Report on the lunatic asylums under the Government of Bombay - 1904-1913
Year: 1904
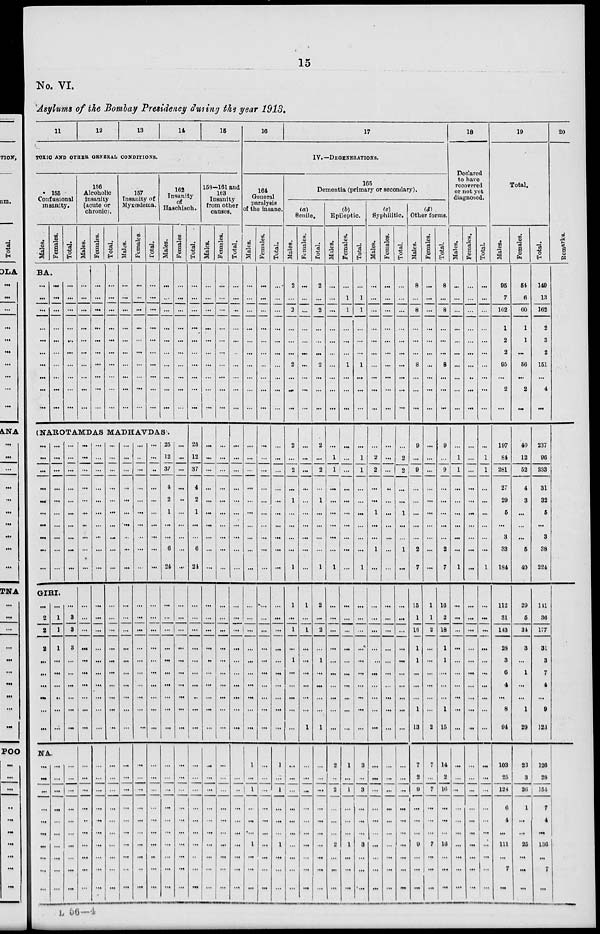
15
No. VI.
Asylums of the Bombay Presidency during the year 1913.
11
12
13
14
15
TOXIC AND OTHER GENERAL CONDITIONS.
155
Confusional
insanity.
Males.
Females.
Total.
BA.
...
...
...
...
...
...
...
...
...
...
...
...
...
...
...
...
...
...
...
...
...
...
...
...
...
...
...
...
...
...
156
Alcoholic
insanity
(acute or
chronic).
Males.
...
...
...
...
...
...
...
...
...
...
Females.
...
...
...
...
...
...
...
...
...
...
Total.
...
...
...
...
...
...
...
...
...
...
157
Insanity of
Myxœdema.
Males.
...
...
...
...
...
...
...
...
...
...
Females.
...
...
...
...
...
...
...
...
...
...
Total.
...
...
...
...
...
...
...
...
...
...
162
Insanity
of
Haschisch.
Males.
...
...
...
...
...
...
...
...
...
...
Females.
...
...
...
...
...
...
...
...
...
...
(NAROTAMDAS MADHAVDAS .
...
...
...
...
...
...
...
...
...
...
...
...
...
...
...
...
...
...
...
...
...
...
...
...
...
...
...
...
...
...
GIRI.
...
2
2
2
...
...
...
...
...
...
...
1
1
1
...
...
...
...
...
...
3
3
3
...
...
...
...
...
...
NA.
...
...
...
...
...
...
...
...
...
...
...
...
...
...
...
...
...
...
...
...
...
...
...
...
...
...
...
...
...
...
...
...
...
...
...
...
...
...
...
...
...
...
...
...
...
...
...
...
...
...
...
...
...
...
...
...
...
...
...
...
...
...
...
...
...
...
...
...
...
...
...
...
...
...
...
...
...
...
...
...
...
...
...
...
...
...
...
...
...
...
...
...
...
...
...
...
...
...
...
...
...
...
...
...
...
...
...
...
...
...
...
...
...
...
...
...
...
...
...
...
...
...
...
...
...
...
...
...
...
...
...
...
...
...
...
...
...
...
...
...
...
...
...
...
...
...
...
...
...
...
...
...
...
...
...
...
...
...
...
...
...
...
...
...
...
...
...
...
...
...
...
...
...
...
...
...
...
...
...
...
...
...
...
...
...
...
...
...
...
...
...
...
...
...
...
...
...
...
...
...
...
...
...
...
...
...
...
...
...
...
25
12
37
4
2
1
...
...
6
24
...
...
...
...
...
...
...
...
...
...
...
...
...
...
...
...
...
...
...
...
...
...
...
...
...
...
...
...
...
...
...
...
...
...
...
...
...
...
...
...
...
...
...
...
...
...
...
...
...
...
Total.
...
...
...
...
...
...
...
...
...
...
25
12
37
4
2
1
...
...
6
24
...
...
...
...
...
...
...
...
...
...
...
...
...
...
...
...
...
...
...
...
158-161 and
163
Insanity
from other
causes.
Males.
...
...
...
...
...
...
...
...
...
...
...
...
...
...
...
...
...
...
...
...
...
...
...
...
...
...
...
...
...
...
...
...
...
...
...
...
...
...
...
...
Females.
...
...
...
...
...
...
...
...
...
...
...
...
...
...
...
...
...
...
...
...
...
...
...
...
...
...
...
...
...
...
...
...
...
...
...
...
...
...
...
...
Total.
...
...
...
...
...
...
...
...
...
...
...
...
...
...
...
...
...
...
...
...
...
...
...
...
...
...
...
...
...
...
...
...
...
...
...
...
...
...
...
...
16
17
IV.—DEGENERATIONS.
164
General
paralysis
of the insane.
Males.
...
...
...
...
...
...
...
...
...
...
...
...
...
...
...
...
...
...
...
...
...
...
...
...
...
...
...
...
...
1
...
1
...
...
...
1
...
...
...
Females.
...
...
...
...
...
...
...
...
...
...
...
...
...
...
...
...
...
...
...
...
...
...
...
...
...
...
...
...
...
...
...
...
...
...
...
...
...
...
...
...
Total.
...
...
...
...
...
...
...
...
...
...
...
...
...
...
...
...
...
...
...
...
...
...
...
...
...
...
...
...
...
...
1
...
1
...
...
...
1
...
...
...
165
Dementia (primary or secondary).
(a)
Senile.
Males.
2
...
2
...
...
...
2
...
...
...
2
...
2
...
1
...
...
...
...
1
1
...
1
...
1
...
...
...
...
...
...
...
...
...
...
...
...
...
...
...
Females.
...
...
...
...
...
...
...
...
...
...
...
...
...
...
...
...
...
...
...
...
1
...
1
...
...
...
...
...
...
1
...
...
...
...
...
...
...
...
...
...
Total.
2
...
2
...
...
...
2
...
...
...
2
...
2
...
1
...
...
...
...
1
2
...
2
...
1
...
...
...
...
1
...
...
...
...
...
...
...
...
...
...
(b)
Epileptic.
Males.
...
...
...
...
...
...
...
...
...
...
...
1
1
...
...
...
...
...
...
1
...
...
...
...
...
...
...
...
...
...
2
...
2
...
...
...
2
...
...
...
Females.
...
1
1
...
...
...
1
...
...
...
...
...
...
...
...
...
...
...
...
...
...
...
...
...
...
...
...
...
...
...
1
...
1
...
...
...
1
...
...
...
Total.
...
1
1
...
...
...
1
...
...
...
...
1
1
...
...
...
...
...
...
1
...
...
...
...
...
...
...
...
...
...
3
...
3
...
...
...
3
...
...
...
(c)
Syphilitic.
Males.
...
...
...
...
...
...
...
...
...
...
...
2
2
...
...
1
...
...
1
...
...
...
...
...
...
...
...
...
...
...
...
...
...
...
...
...
...
...
...
...
Females.
...
...
...
...
...
...
...
...
...
...
...
...
...
...
...
...
...
...
...
...
...
...
...
...
...
...
...
...
...
...
...
...
...
...
...
...
...
...
...
...
Total.
...
...
...
...
...
...
...
...
...
...
...
2
2
...
...
1
...
...
1
...
...
...
...
...
...
...
...
...
...
...
...
...
...
...
...
...
...
...
...
...
(d)
Other forms.
Males.
8
...
8
...
...
...
8
...
...
...
9
...
9
...
...
...
...
...
2
7
15
1
16
1
1
...
...
...
1
13
7
2
9
...
...
...
9
...
...
...
Females.
...
...
...
...
...
...
...
...
...
...
...
...
...
...
...
...
...
...
...
...
1
1
2
...
...
...
...
...
...
2
7
...
7
...
...
...
7
...
...
...
Total.
8
...
8
...
...
...
8
...
...
...
9
...
9
...
...
...
...
...
2
7
16
2
18
1
1
...
...
...
1
15
14
2
16
...
...
...
16
...
...
...
18
Declared
to have
recovered
or not yet
diagnosed.
Males.
...
...
...
...
...
...
...
...
...
...
...
1
1
...
...
...
...
...
...
1
...
...
...
...
...
...
...
...
...
...
...
...
...
...
...
...
...
...
...
...
Females.
...
...
...
...
...
...
...
...
...
...
...
...
...
...
...
...
...
...
...
...
...
...
...
...
...
...
...
...
...
...
...
...
...
...
...
...
...
...
...
...
Total.
...
...
...
...
...
...
...
...
...
...
...
1
1
...
...
...
...
...
...
1
...
...
...
...
...
...
...
...
...
...
...
...
...
...
...
...
...
...
...
...
19
Total.
Males.
95
7
102
1
2
2
95
...
2
...
197
81
281
27
29
5
...
3
33
184
112
31
143
28
3
6
4
...
8
94
103
25
128
6
4
...
111
...
7
...
Females.
54
6
60
1
1
...
56
...
2
...
40
12
52
4
3
...
...
...
6
40
29
5
34
3
...
1
...
...
1
29
23
3
26
1
...
...
25
...
...
...
Total.
149
13
162
2
3
2
151
...
4
...
237
96
333
31
32
5
...
3
38
224
141
36
177
31
3
7
4
...
9
123
126
28
154
7
4
...
136
...
7
...
20
Remarks.
L 56—4